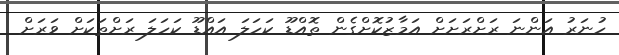
ހުނަރު އަންނަ ރަށްރަށަށް އަމާޒުކޮށްގެން ތޮއްޑޫ ކަހަލަ އައްޑޫ ކަހަލަ ރަށްތަކަށް ވަރަށް